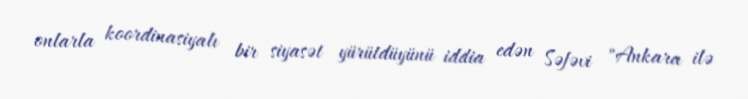
onlarla koordinasiyalı bir siyasət yürütdüyünü iddia edən Səfəvi "Ankara ilə